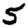
Digit: 5